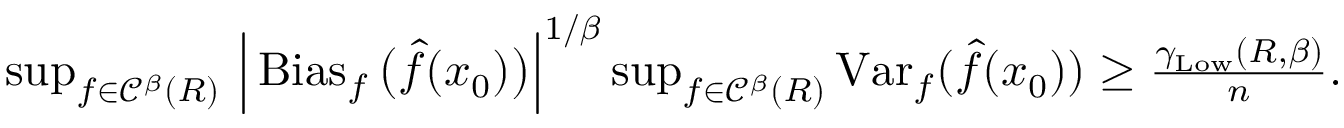
\begin{array} { r } { \operatorname* { s u p } _ { f \in { \mathscr C } ^ { \beta } ( R ) } \, \Big | \operatorname { B i a s } _ { f } \big ( \widehat f ( x _ { 0 } ) \big ) \Big | ^ { 1 / \beta } \operatorname* { s u p } _ { f \in { \mathscr C } ^ { \beta } ( R ) } \operatorname { V a r } _ { f } ( \widehat f ( x _ { 0 } ) ) \geq \frac { \gamma _ { \mathrm { L o w } } ( R , \beta ) } { n } . } \end{array}